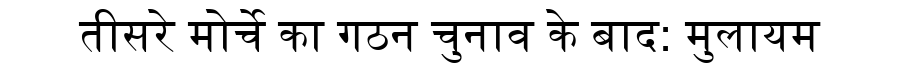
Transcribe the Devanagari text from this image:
तीसरे मोर्चे का गठन चुनाव के बाद: मुलायम